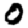
Digit: 0